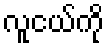
လူငယ်ကို